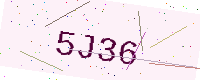
Text: 5J36